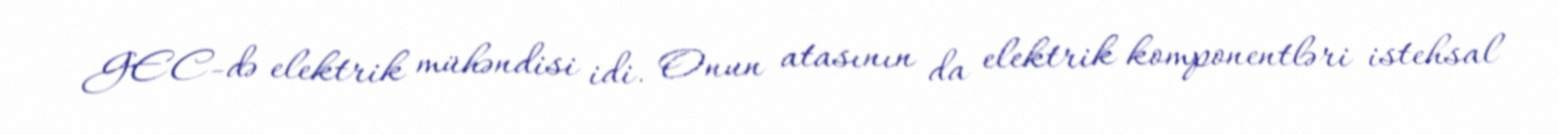
GEC-də elektrik mühəndisi idi. Onun atasının da elektrik komponentləri istehsal